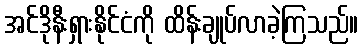
အင်ဒိုနီးရှားနိုင်ငံကို ထိန်းချုပ်လာခဲ့ကြသည်။